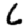
Digit: 6